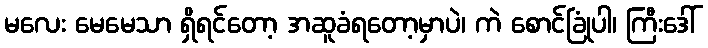
မလေး မေမေသာ ရှိရင်တော့ အဆူခံရတော့မှာပဲ၊ ကဲ စောင်ခြုံပါ၊ ကြီးဒေါ်